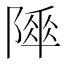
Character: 𨻾